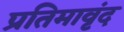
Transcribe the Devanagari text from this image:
प्रतिमावृंद